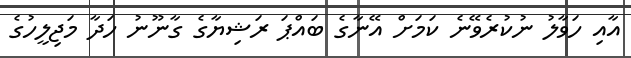
އާއި ހަވާލު ނުކުރެވޭނެ ކަމަށް އޭނާގެ ބައްޕަ ރަޝިޔާގެ ގާނޫނު ހަދާ މަޖިލީހުގެ